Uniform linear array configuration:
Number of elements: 24
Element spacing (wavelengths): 0.25
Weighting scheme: uniform
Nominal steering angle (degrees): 60
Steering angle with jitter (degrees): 58.953
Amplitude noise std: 0.05
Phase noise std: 0.05

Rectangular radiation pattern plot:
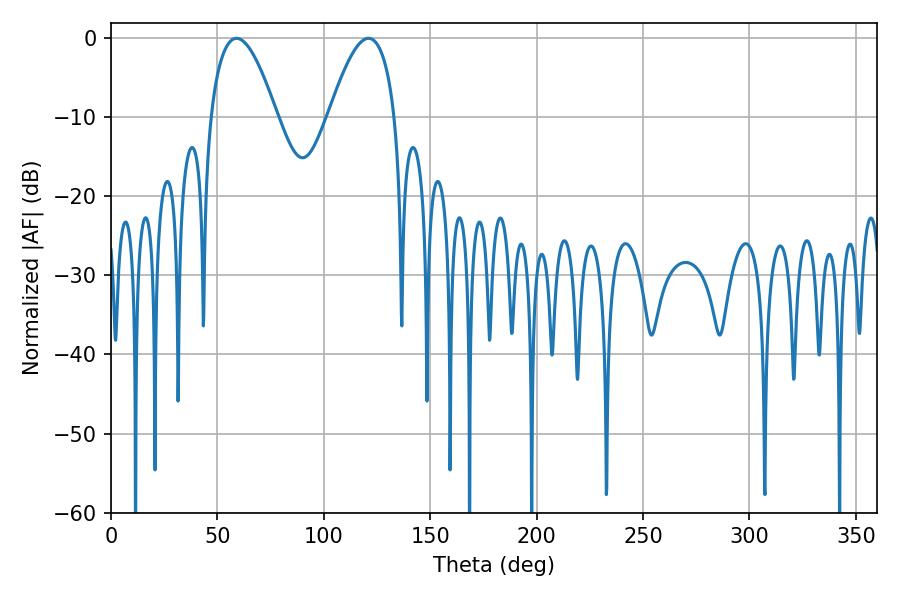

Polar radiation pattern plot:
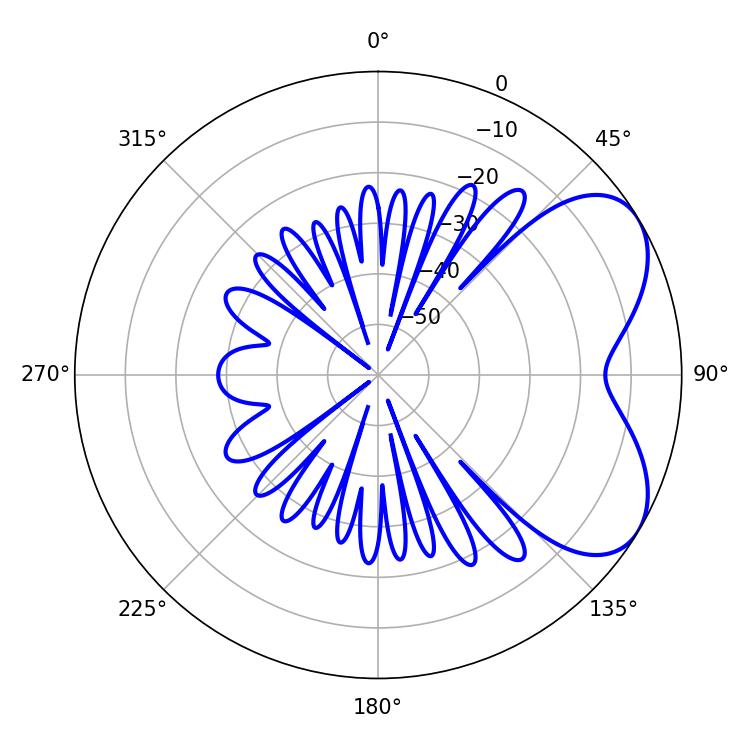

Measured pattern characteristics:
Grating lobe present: FALSE
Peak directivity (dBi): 5.464
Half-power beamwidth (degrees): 17.1
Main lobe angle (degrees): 59.04